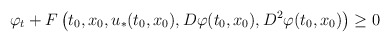
\begin{align*}\varphi_t + F\left(t_0,x_0,u_*(t_0,x_0),D\varphi(t_0,x_0),D^2 \varphi(t_0,x_0)\right)\geq 0\end{align*}